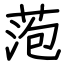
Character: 萢